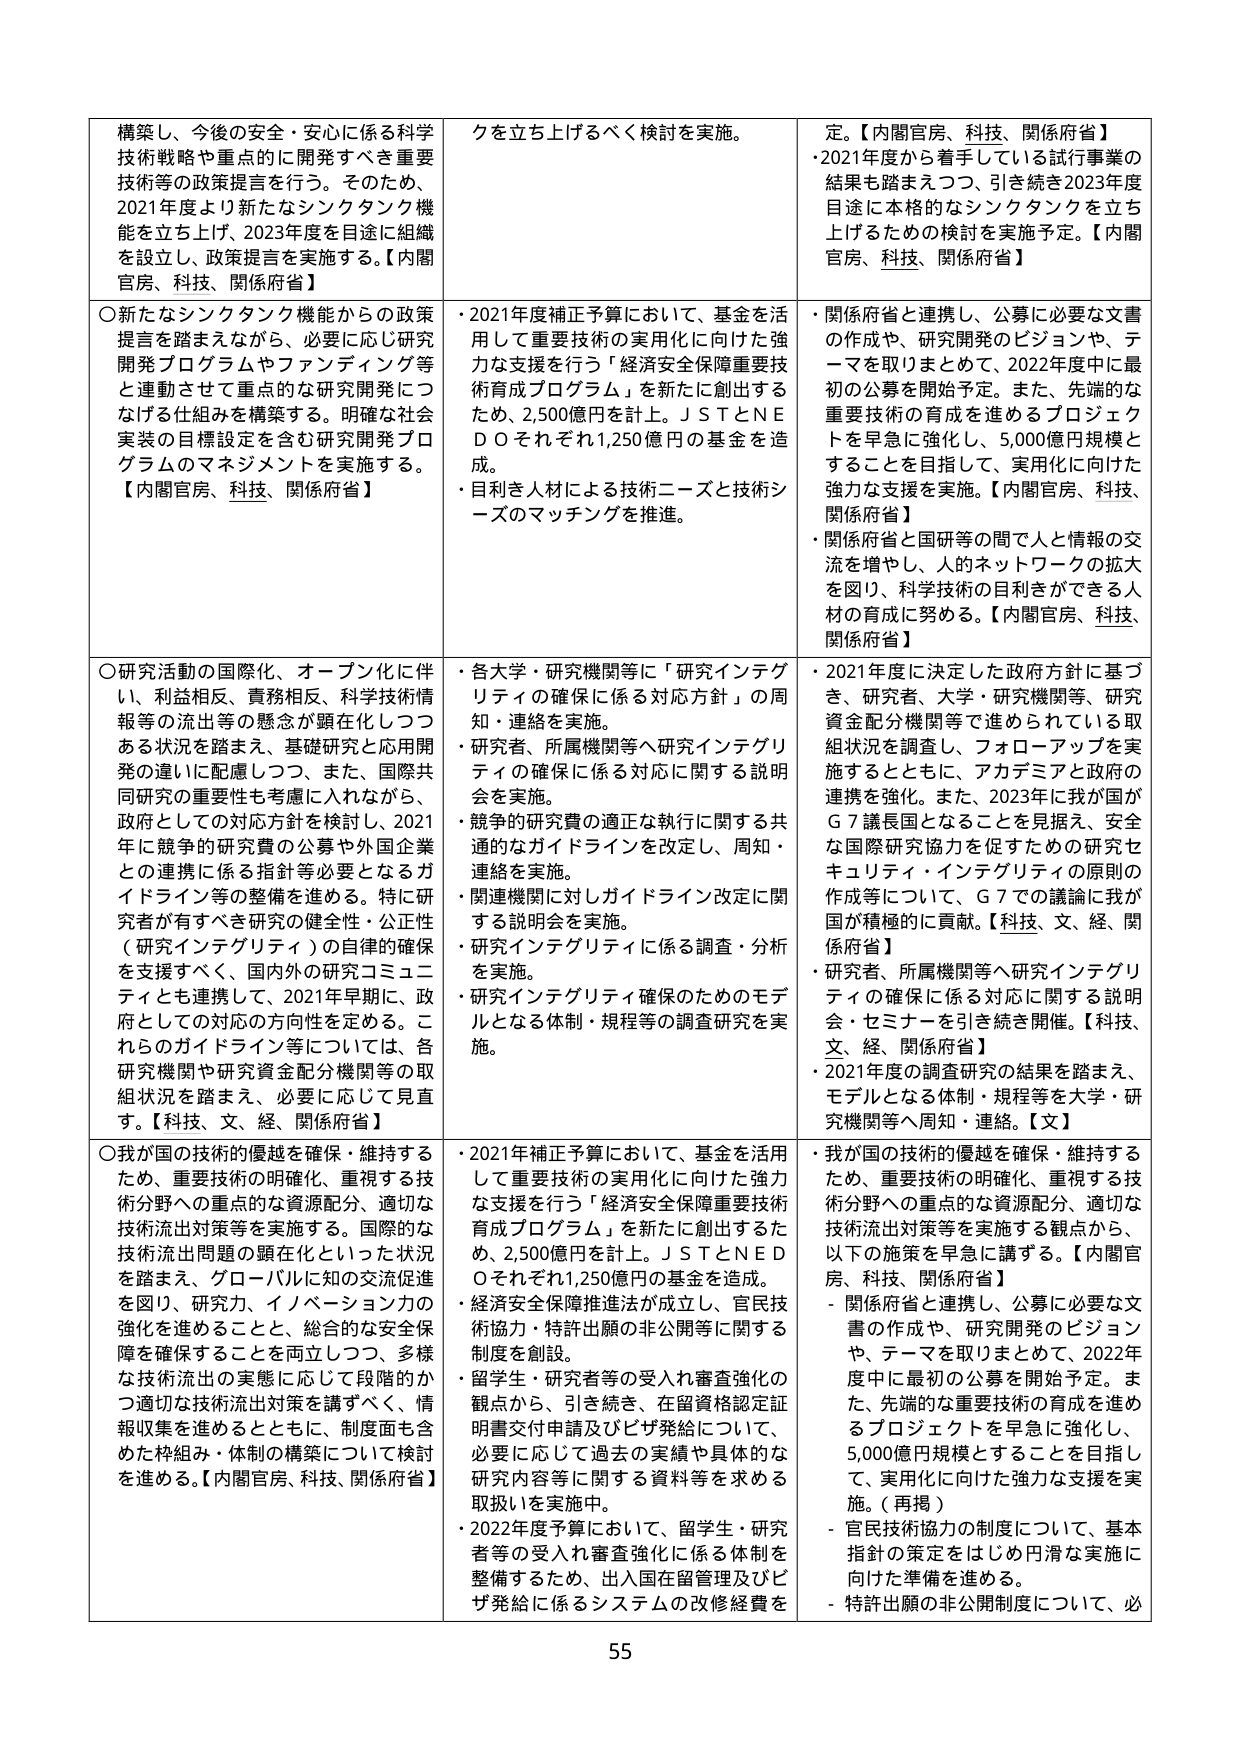
構築し、今後の安全・安心に係る科学技術戦略や重点的に開発すべき重要技術等の政策提言を行う。そのため、2021年度より新たなシンクタンク機能を立ち上げ、2023年度を目途に組織を設立し、政策提言を実施する。【内閣官房、科技、関係府省】

○新たなシンクタンク機能からの政策提言を踏まえながら、必要に応じ研究開発プログラムやファンディング等と連動させて重点的な研究開発につなげる仕組みを構築する。明確な社会実装の目標設定を含む研究開発プログラムのマネジメントを実施する。【内閣官房、科技、関係府省】

○研究活動の国際化、オープン化に伴い、利益相反、責務相反、科学技術情報等の流出等の懸念が顕在化しつつある状況を踏まえ、基礎研究と応用開発の違いに配慮しつつ、また、国際共同研究の重要性も考慮に入れながら、政府としての対応方針を検討し、2021年に競争的研究費の公募や外国企業との連携に係る指針等必要となるガイドライン等の整備を進める。特に研究者が有すべき研究の健全性・公正性（研究インテグリティ）の自律的確保を支援すべく、国内外の研究コミュニティとも連携して、2021年早期に、政府としての対応の方向性を定める。これらのガイドライン等については、各研究機関や研究資金配分機関等の取組状況を踏まえ、必要に応じて見直す。【科技、文、経、関係府省】

○我が国の技術的優越を確保・維持するため、重要技術の明確化、重視する技術分野への重点的な資源配分、適切な技術流出対策等を実施する。国際的な技術流出問題の顕在化といった状況を踏まえ、グローバルに知の交流促進を図り、研究力、イノベーション力の強化を進めることと、総合的な安全保障を確保することを両立しつつ、多様な技術流出の実態に応じて段階的かつ適切な技術流出対策を講ずべき、情報収集を進めるとともに、制度面も含めた枠組み・体制の構築について検討を進める。【内閣官房、科技、関係府省】

クを立ち上げるべく検討を実施。

・2021年度補正予算において、基金を活用して重要技術の実用化に向けた強力な支援を行う「経済安全保障重要技術育成プログラム」を新たに創出するため、2,500億円を計上。ＪＳＴとＮＥＤＯそれぞれ1,250億円の基金を造成。

・目利き人材による技術ニーズと技術シーズのマッチングを推進。

・各大学・研究機関等に「研究インテグリティの確保に係る対応方針」の周知・連絡を実施。

・研究者、所属機関等へ研究インテグリティの確保に係る対応に関する説明会を実施。

・競争的研究費の適正な執行に関する共通的なガイドラインを改定し、周知・連絡を実施。

・関連機関に対しガイドライン改定に関する説明会を実施。

・研究インテグリティに係る調査・分析を実施。

・研究インテグリティ確保のためのモデルとなる体制・規程等の調査研究を実施。

・2021年補正予算において、基金を活用して重要技術の実用化に向けた強力な支援を行う「経済安全保障重要技術育成プログラム」を新たに創出するため、2,500億円を計上。ＪＳＴとＮＥＤＯそれぞれ1,250億円の基金を造成。

・経済安全保障推進法が成立し、官民技術協力・特許出願の非公開等に関する制度を創設。

・留学生・研究者等の受入れ審査強化の観点から、引き続き、在留資格認定証明書交付申請及びビザ発給について、必要に応じて過去の実績や具体的な研究内容等に関する資料等を求める取扱いを実施中。

・2022年度予算において、留学生・研究者等の受入れ審査強化に係る体制を整備するため、出入国在留管理及びビザ発給に係るシステムの改修経費を

定。【内閣官房、科技、関係府省】
・2021年度から着手している試行事業の結果も踏まえつつ、引き続き2023年度目途に本格的なシンクタンクを立ち上げるための検討を実施予定。【内閣官房、科技、関係府省】

・関係府省と連携し、公募に必要な文書の作成や、研究開発のビジョンや、テーマを取りまとめて、2022年度中に最初の公募を開始予定。また、先端的な重要技術の育成を進めるプロジェクトを早急に強化し、5,000億円規模とすることを目指して、実用化に向けた強力な支援を実施。【内閣官房、科技、関係府省】

・関係府省と国研等の間で人と情報の交流を増やし、人的ネットワークの拡大を図り、科学技術の目利きができる人材の育成に努める。【内閣官房、科技、関係府省】

・2021年度に決定した政府方針に基づき、研究者、大学・研究機関等、研究資金配分機関等で進められている取組状況を調査し、フォローアップを実施するとともに、アカデミアと政府の連携を強化。また、2023年に我が国がＧ７議長国となることを見据え、安全な国際研究協力を促すための研究セキュリティ・インテグリティの原則の作成等について、Ｇ７での議論に我が国が積極的に貢献。【科技、文、経、関係府省】

・研究者、所属機関等へ研究インテグリティの確保に係る対応に関する説明会・セミナーを引き続き開催。【科技、文、経、関係府省】

・2021年度の調査研究の結果を踏まえ、モデルとなる体制・規程等を大学・研究機関等へ周知・連絡。【文】

・我が国の技術的優越を確保・維持するため、重要技術の明確化、重視する技術分野への重点的な資源配分、適切な技術流出対策等を実施する観点から、以下の施策を早急に講ずる。【内閣官房、科技、関係府省】

- 関係府省と連携し、公募に必要な文書の作成や、研究開発のビジョンや、テーマを取りまとめて、2022年度中に最初の公募を開始予定。また、先端的な重要技術の育成を進めるプロジェクトを早急に強化し、5,000億円規模とすることを目指して、実用化に向けた強力な支援を実施。（再掲）

- 官民技術協力の制度について、基本指針の策定をはじめ円滑な実施に向けた準備を進める。

- 特許出願の非公開制度について、必

55